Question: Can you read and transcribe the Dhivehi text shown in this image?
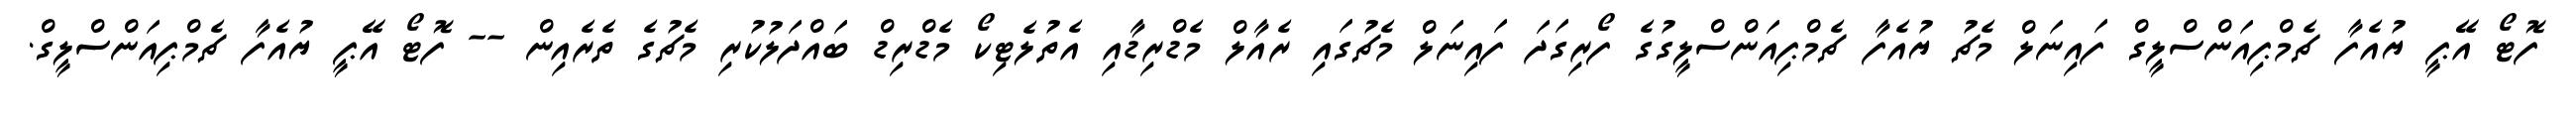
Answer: ފޮޓޯ އޭޕީ ޔުއެފާ ޗެމްޕިއަންސްލީގް ފައިނަލް މެޗު ޔުއެފާ ޗެމްޕިއަންސްލީގުގެ ފޯރިގަދަ ފައިނަލް މެޗުގައި ރެއާލް މެޑްރިޑާއި އެތުލެޓިކޯ މެޑްރިޑް ބައްދަލުކުރި މެޗުގެ ތެރެއިން -- ފޮޓޯ އޭޕީ ޔުއެފާ ޗެމްޕިއަންސްލީގް.